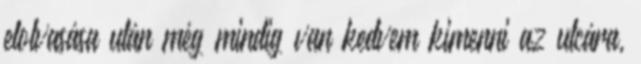
elolvasása után még mindig van kedvem kimenni az utcára,